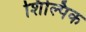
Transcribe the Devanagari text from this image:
शिल्पिक